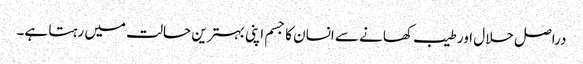
دراصل حلال اور طیب کھانے سے انسان کا جسم اپنی بہترین حالت میں رہتا ہے۔